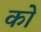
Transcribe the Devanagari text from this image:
को